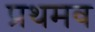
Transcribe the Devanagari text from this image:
प्रथमव